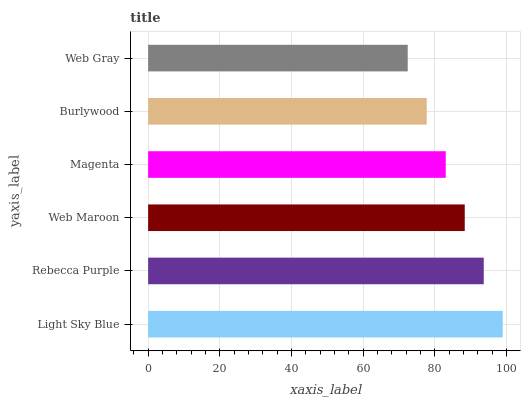
| yaxis_label | bars |
 | --- | --- |
 | Light Sky Blue | 99 |
 | Rebecca Purple | 93.7 |
 | Web Maroon | 88.4 |
 | Magenta | 83.1 |
 | Burlywood | 77.8 |
 | Web Gray | 72.5 |